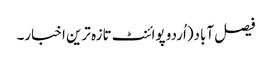
فیصل آباد(اُردو پوائنٹ تازہ ترین اخبار۔